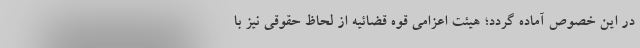
در این خصوص آماده گردد؛ هیئت اعزامی قوه قضائیه از لحاظ حقوقی نیز با